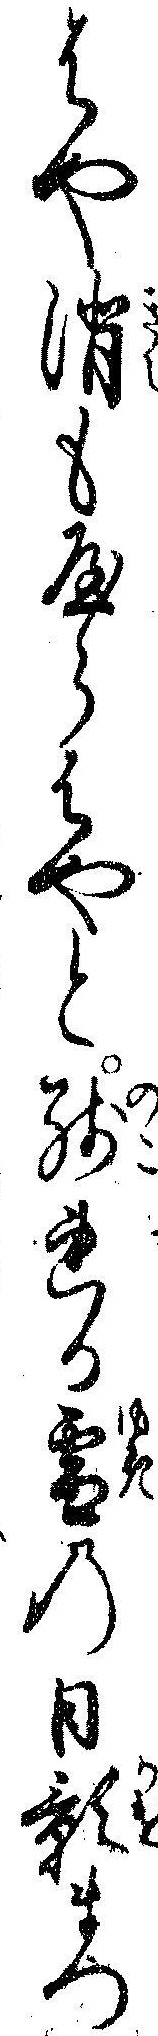
はや消もやらはやと残れる雪の日影まつ